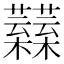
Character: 𧅟